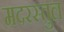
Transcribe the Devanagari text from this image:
मदरस्तुल